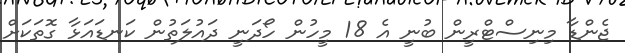
ޖެންޑާ މިނިސްޓްރީން ބުނީ އެ 18 މީހުން ހޯދަނީ ދައުލަތުން ކަނޑައަޅާ ގޮތަކަށް